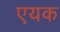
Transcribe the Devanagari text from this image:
एयक